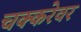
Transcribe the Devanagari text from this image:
चक्करेवर